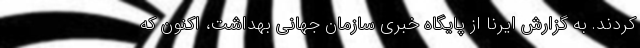
کردند. به گزارش ایرنا از پایگاه خبری سازمان جهانی بهداشت، اکنون که